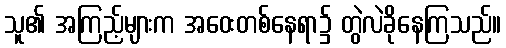
သူ၏ အကြည့်များက အဝေးတစ်နေရာ၌ တွဲလဲခိုနေကြသည်။